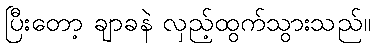
ပြီးတော့ ချာခနဲ လှည့်ထွက်သွားသည်။